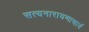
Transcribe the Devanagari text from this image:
सत्यनारायणाचार्य